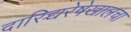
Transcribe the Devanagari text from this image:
दारिद्र्यरेषेखालचा